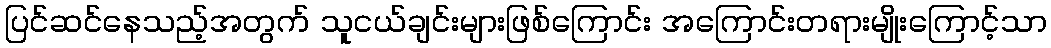
ပြင်ဆင်နေသည့်အတွက် သူငယ်ချင်းများဖြစ်ကြောင်း အကြောင်းတရားမျိုးကြောင့်သာ